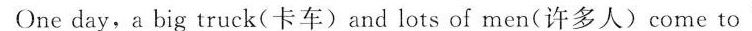
One day,a big truck(卡车)and lots of men(许多人)come to